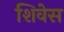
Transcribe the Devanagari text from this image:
शिवेस